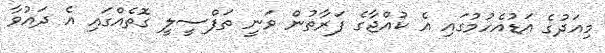
މިއަދުގެ އަޑުއެހުމުގައި އެ ކުއްޖާގެ ފަރާތުން ވަނީ ތަފްސީލީ ގޮތެއްގައި އެ ދައުވާ